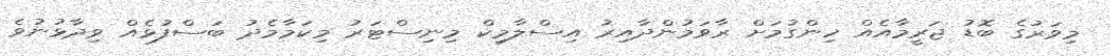
މިވަރުގެ ބޮޑު ޖަރީމާއެއް ހިންގުމަށް ރާވަމުންދާއިރު އިސްލާމިކް މިނިސްޓަރު މިކަމާމެދު ބަސްފުޅެއް ވިދާޅުނުވެ